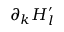
\partial _ { k } H _ { l } ^ { \prime }